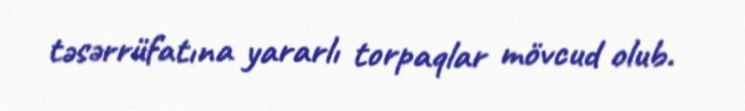
təsərrüfatına yararlı torpaqlar mövcud olub.